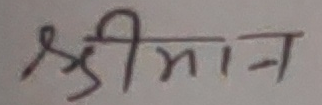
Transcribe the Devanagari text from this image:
श्रीमान